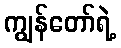
ကျွန်တော်ရဲ့